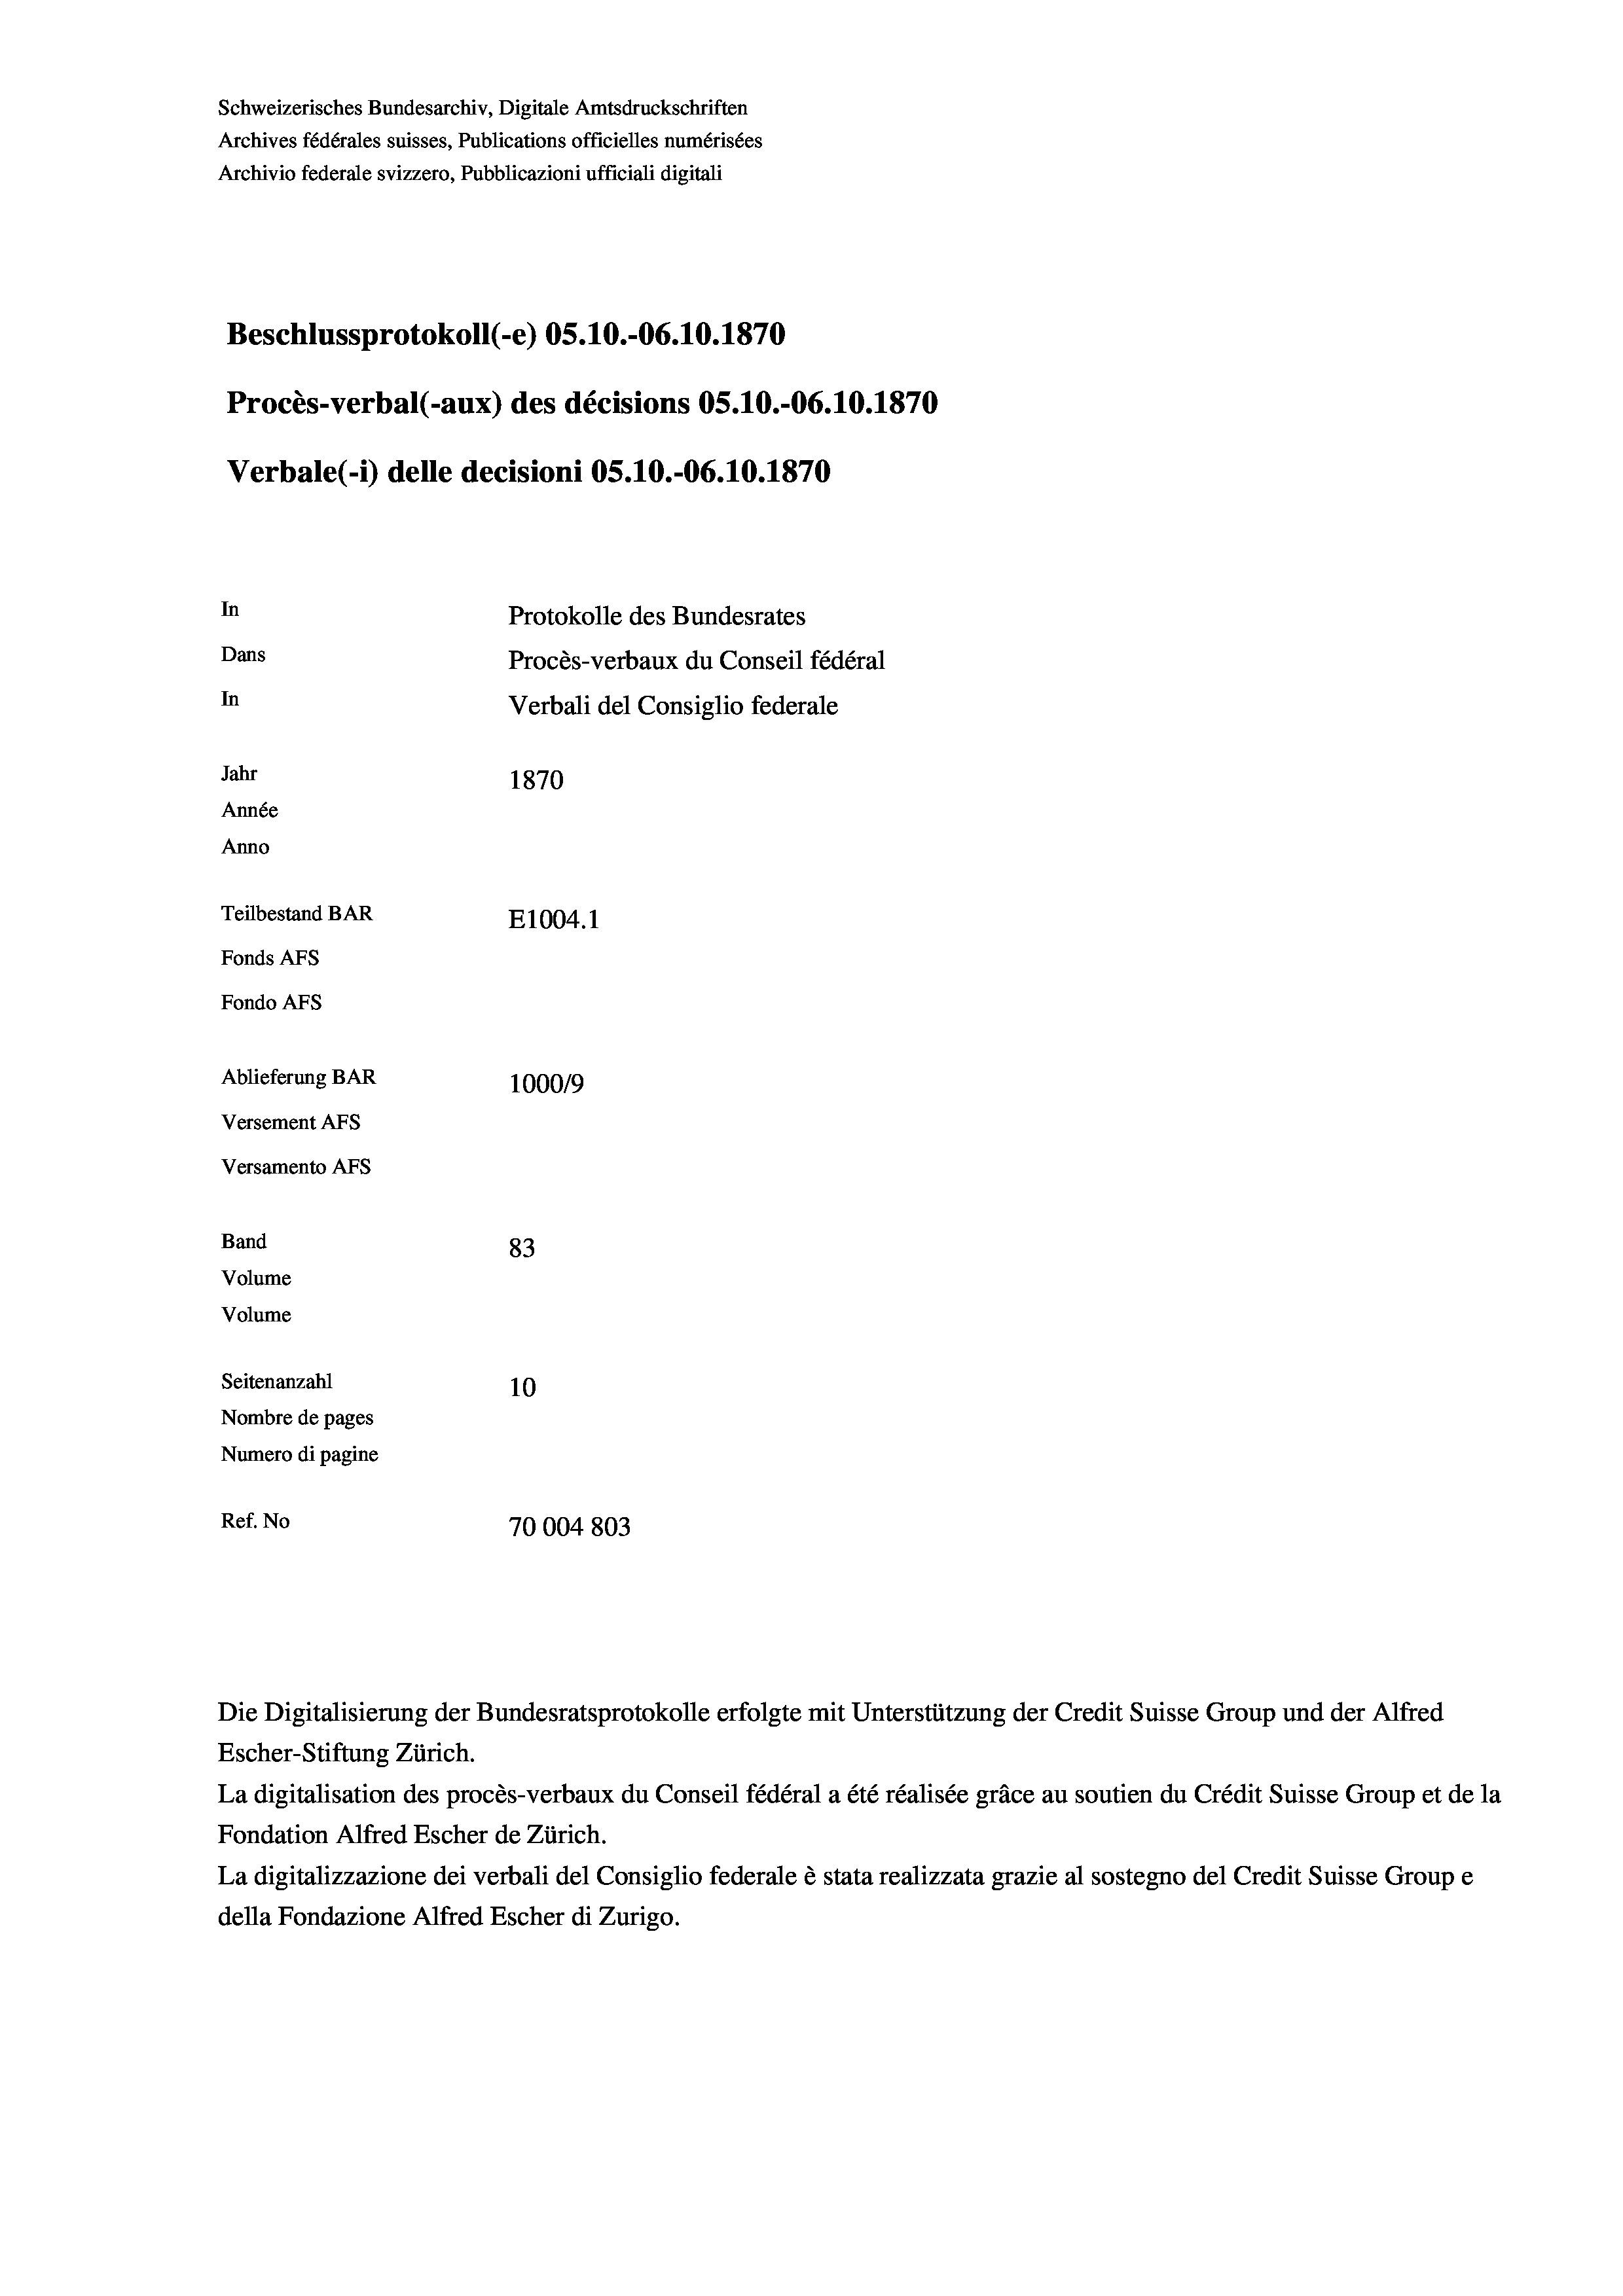
Schweizerisches Bundesarchiv, Digitale Amtsdruckschriften
Archives fédérales suisses, Publications officielles numérisées
Archivio federale svizzero, Pubblicazioni ufficiali digitali
Beschlussprotokoll (-e) OS.10.-06.10.1870
Procès-verbal (-aux) des décisions OS.10.-06.10.1870
Verbale(-*) delle decisioni OS.10.-06.10.1870
In
Protokolle des Bundesrates
Dans
Procès-verbaux du Conseil fédéral
In
Verbali del Consiglio federale
Jahr
1870
Année
Anno
Teilbestand BAR
E1004.1
Fonds AFs
Fondo Afs
Ablieferung BAR
100019
Versement AFs
Versamento AFs
Band
83
Volume
Volume
Seitenanzahl
10
Nombre de pages
Numero di pagine
Ref. No
70004 803

Escher-Stiftung Zürich.
La digitalisation des procès-verbaux du Conseil fédéral a été réalisée gräce au soutien du Crédit Suisse Group et de la
Fondation Alfred Escher de Zürich.
La digitalizzazione dei verbali del Consiglio federale è stata realizzata grazie al sostegno del Credit Suisse Groupe
della Fondazione Alfred Escher di Zurigo.

Die Digitalisierung der Bundesratsprotokolle erfolgte mit Unterstützung der Credit Suisse Group und der Alfred